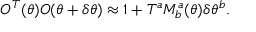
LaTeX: O ^ { T } ( \theta ) O ( \theta + \delta \theta ) \approx 1 + T ^ { a } M _ { b } ^ { a } ( \theta ) \delta \theta ^ { b } .